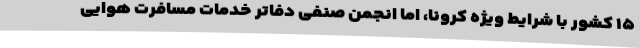
۱۵ کشور با شرایط ویژه کرونا، اما انجمن صنفی دفاتر خدمات مسافرت هوایی